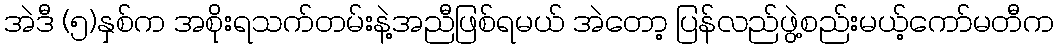
အဲဒီ (၅)နှစ်က အစိုးရသက်တမ်းနဲ့အညီဖြစ်ရမယ် အဲတော့ ပြန်လည်ဖွဲ့စည်းမယ့်ကော်မတီက